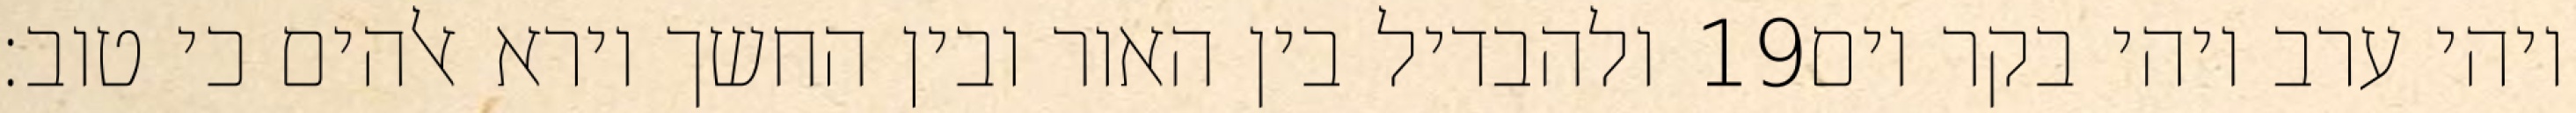
ולהבדיל בין האור ובין החשך וירא אלהים כי טוב׃ ‎19‏ ויהי ערב ויהי בקר יום